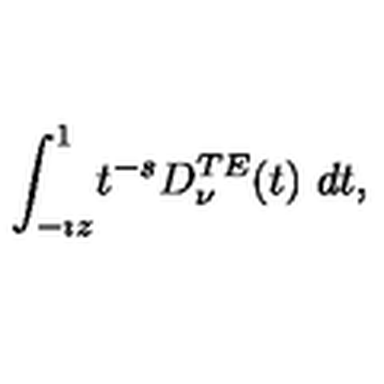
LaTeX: \displaystyle { \int _ { - \imath z } ^ { 1 } } t ^ { - s } \displaystyle { D _ { \nu } ^ { T E } ( t ) } \ d t ,